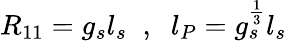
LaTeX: R_{11}=g_{s}l_{s}\; \; ,\; \; l_{P}=g_{s}^{\frac{1}{3}}l_{s}